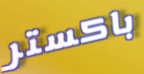
باكستر